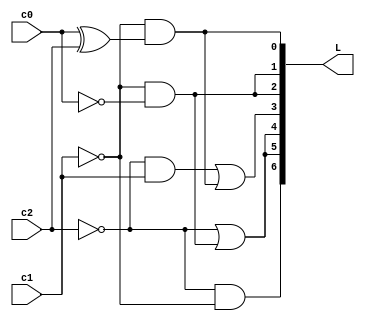
//Decoder 7-segment gii m 3 bit nh phn 
module Decoder_7segment_3bit_Hello(L,c2,c1,c0);
input c2,c1,c0;
output [6:0]L;

	assign	L[6] = ~c2 & ~c1,
				L[5] = ~c2 | (~c1 & ~c0),
				L[4] = ~c2 | (~c1 & ~c0),
				L[3] = (~c2 & c1) | (~c1 & (c0 ^ c2)),
				L[2] = ~c1 & ~c0,
				L[1] = ~c1 & ~c0,
				L[0] = ~c1 & (c0 ^ c2);
endmodule